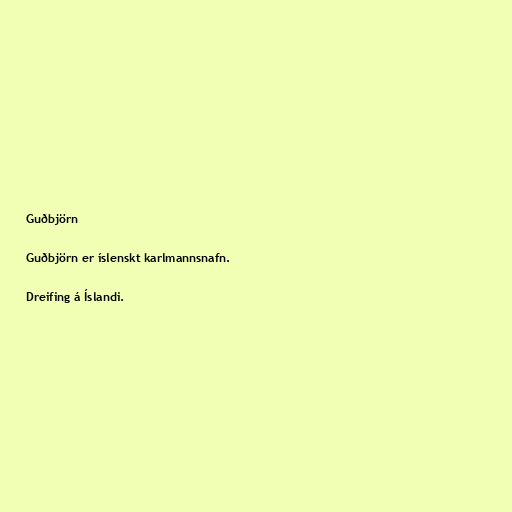
Guðbjörn

Guðbjörn er íslenskt karlmannsnafn.

Dreifing á Íslandi.